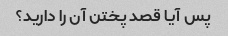
پس آیا قصد پختن آن را دارید؟